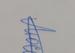
Signature authenticity: genuine